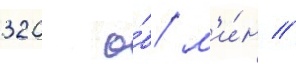
320 о́б/ м'и́н //